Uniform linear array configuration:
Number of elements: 4
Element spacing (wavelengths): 0.25
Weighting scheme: blackman
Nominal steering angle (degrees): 45
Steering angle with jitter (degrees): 45.819
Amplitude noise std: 0.05
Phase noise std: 0.05

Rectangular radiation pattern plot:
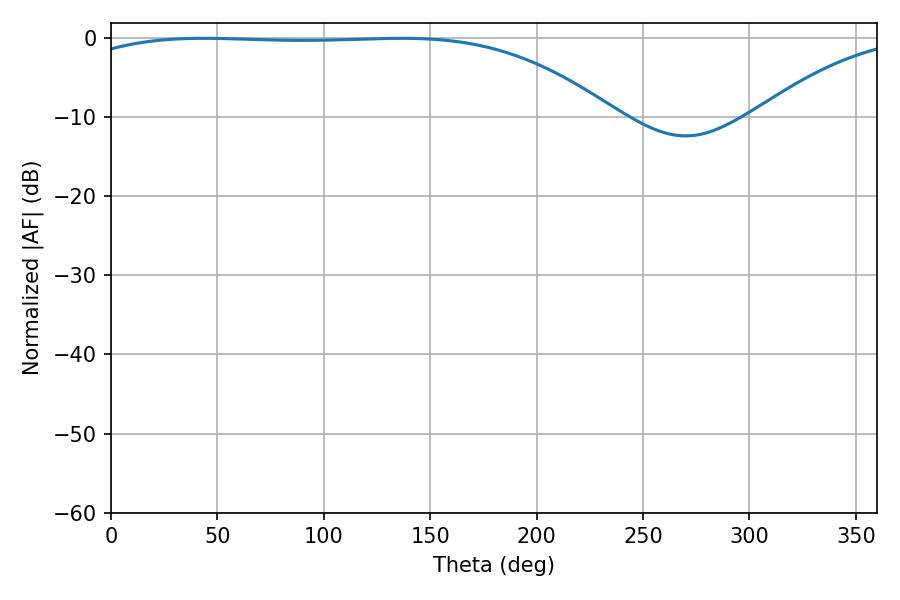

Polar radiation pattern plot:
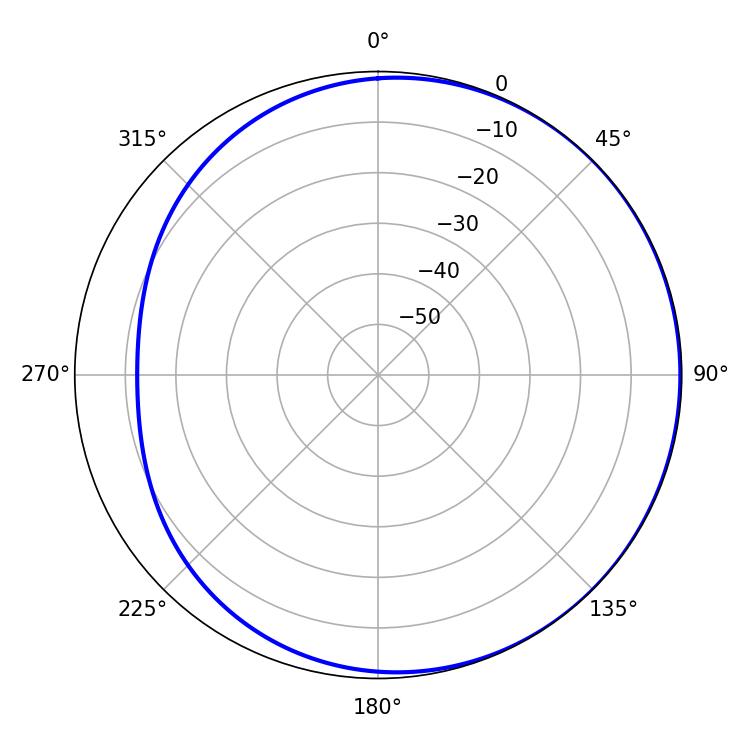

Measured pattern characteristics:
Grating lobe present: FALSE
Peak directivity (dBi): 1.042
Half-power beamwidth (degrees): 198
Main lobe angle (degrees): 43.56